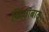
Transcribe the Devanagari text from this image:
ख़िज़्राबाद